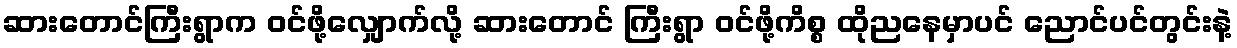
ဆားတောင်ကြီးရွာက ဝင်ဖို့လျှောက်လို့ ဆားတောင် ကြီးရွာ ဝင်ဖို့ကိစ္စ ထိုညနေမှာပင် ညောင်ပင်တွင်းနဲ့